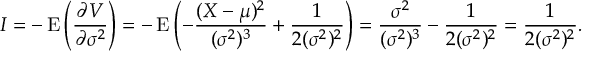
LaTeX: I = - \operatorname { E } \left( { \frac { \partial V } { \partial \sigma ^ { 2 } } } \right) = - \operatorname { E } \left( - { \frac { ( X - \mu ) ^ { 2 } } { ( \sigma ^ { 2 } ) ^ { 3 } } } + { \frac { 1 } { 2 ( \sigma ^ { 2 } ) ^ { 2 } } } \right) = { \frac { \sigma ^ { 2 } } { ( \sigma ^ { 2 } ) ^ { 3 } } } - { \frac { 1 } { 2 ( \sigma ^ { 2 } ) ^ { 2 } } } = { \frac { 1 } { 2 ( \sigma ^ { 2 } ) ^ { 2 } } } .